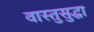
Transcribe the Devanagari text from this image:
वास्तुसुद्धा